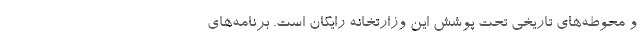
و محوطه‌های تاریخی تحت پوشش این وزارتخانه رایگان است. برنامه‌های